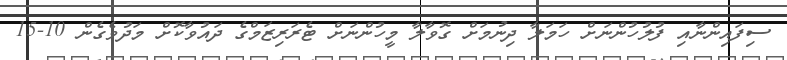
ސިފައިންނާއި ފުލުހުންނަށް ހަމަލާ ދިނުމަށް ގޮވާލާ މީހުންނަށް ޓެރަރިޒަމްގެ ދައުވާކޮށް މަދުވެގެން 10-15